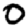
Digit: 0